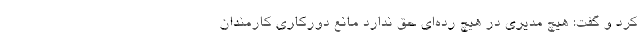
کرد و گفت: هیچ مدیری در هیچ رده‌ای حق ندارد مانع دورکاری کارمندان